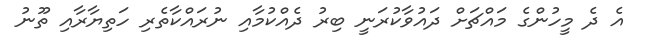
އެ ދެ މީހުންގެ މައްޗަށް ދައުވާކުރަނީ ބިރު ދެއްކުމާއި ނުރައްކާތެރި ހަތިޔާރާއި ތޫނު